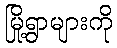
မြို့ရွာများကို